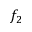
f _ { 2 }